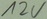
Text: 12V